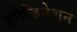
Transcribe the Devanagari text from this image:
इमैजिनेशन